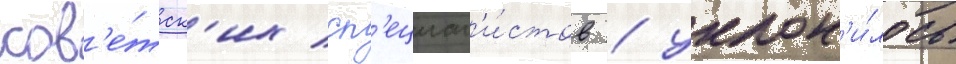
сов'е́тск'их сп'ециал'и́стов / уклон'и́лось